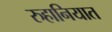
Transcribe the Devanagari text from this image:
रुहानियात